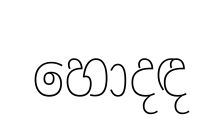
හොදඳ